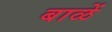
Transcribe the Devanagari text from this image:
बाळें